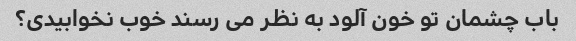
باب چشمان تو خون آلود به نظر می رسند خوب نخوابیدی؟